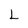
Character: L